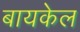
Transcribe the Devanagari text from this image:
बायकेल